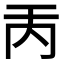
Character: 𠀛